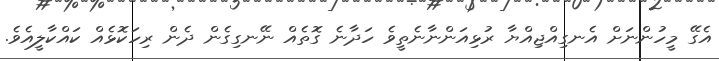
އެގޭ މީހުންނަށް އެނގިއްޖިއްޔާ ރުޅިއަންނާނެތީވެ ހަދާނެ ގޮތެއް ނޭނގިގެން ދެން ރިހަކޮޅެއް ކައްކާލީއެވެ.